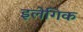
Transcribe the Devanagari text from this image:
इलेगिक